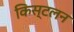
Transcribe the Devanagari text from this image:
किस्टलन